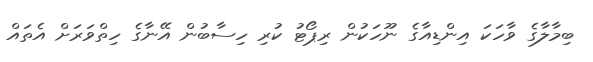
ބިމާލާގެ ވާހަކަ އިންޑިއާގެ ނޫހަކުން ރިޕޯޓު ކުރި ހިސާބުން އޭނާގެ ހިތްވަރަށް އެތައް